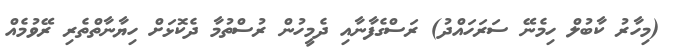
(މިހާރު ކާބުލް ހިމެނޭ ސަރަހައްދު) ރަސްގެފާނާއި ދެމީހުން ރުސްތުމާ ދެކޮޅަށް ހިޔާނާތްތެރި ރޭވުމެއް